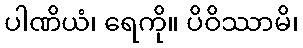
ပါဏိယံ၊ ရေကို။ ပိဝိဿာမိ၊